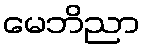
မေဘိညာ